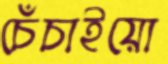
চেঁচাইয়ো